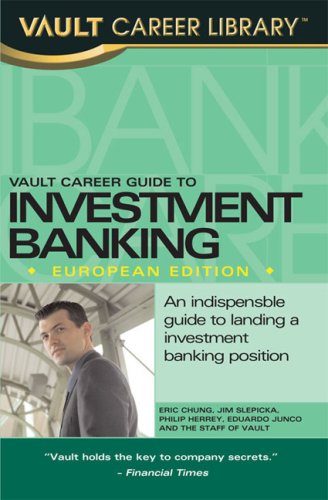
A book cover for Vault Career Guide to Investment Banking (Vault Career Guide to Investment Banking: European Edition); Richard Roberts; Business & Money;